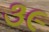
૩૯